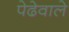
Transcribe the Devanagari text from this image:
पेढेवाले